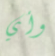
وأي